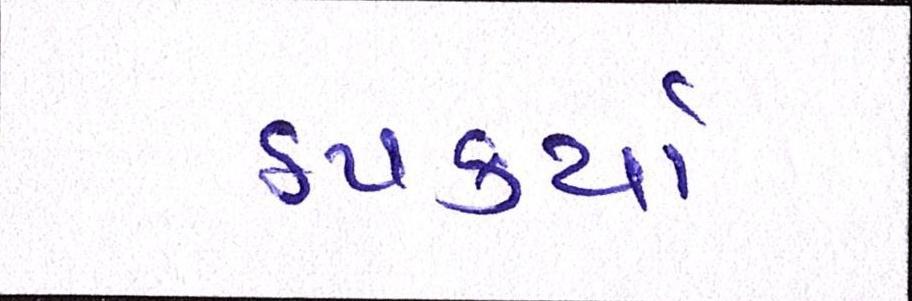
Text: ઠપકર્યા